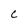
Character: C